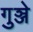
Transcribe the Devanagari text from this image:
गुञ्जे